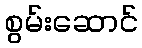
စွမ်းဆောင်